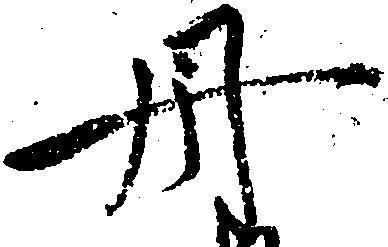
丹